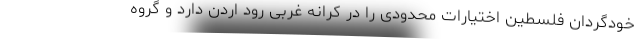
خودگردان فلسطین اختیارات محدودی را در کرانه غربی رود اردن دارد و گروه